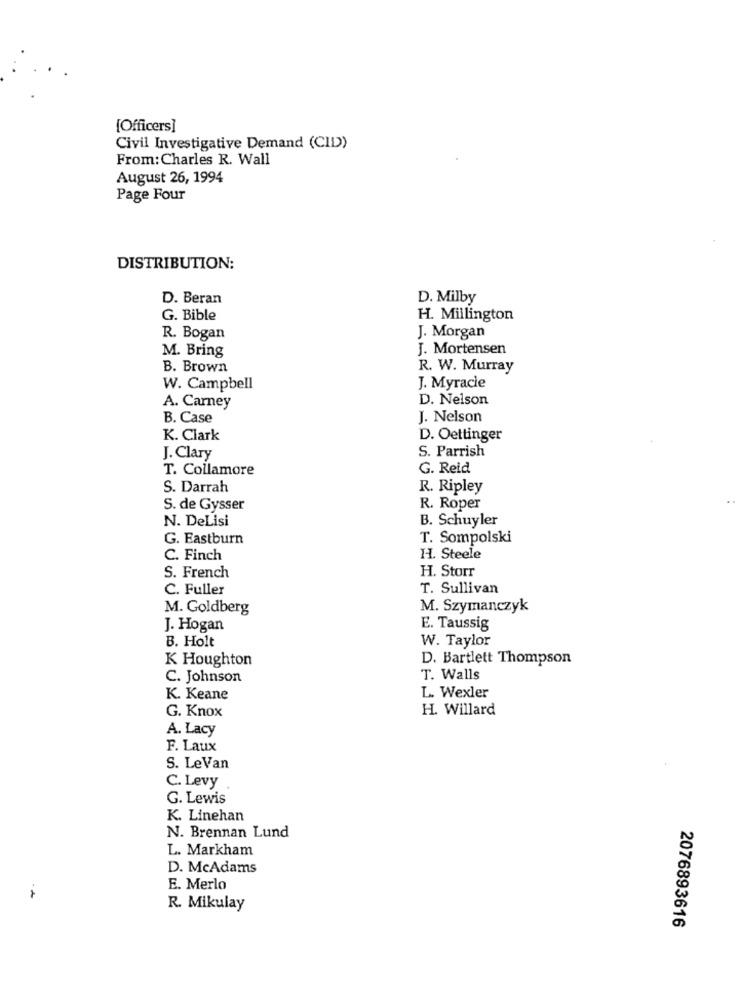
[Officers]
Civil Investigative Demand (CID))
From:Charles R. Wall
August 26, 1994
Page Four
DISTRIBUTION:
D. Beran
D. Milby
G. Bible
H. Millington
R. Bogan
J. Morgan
J. Mortensen
M. Bring
B. Brown
R. W. Murray
W. Campbell
J. Myracle
D. Nelson
A. Carney
B. Case
J. Nelson
K. Clark
D. Oettinger
S. Parrish
J. Clary
T. Collamore
G. Reid
S. Darrah
R. Ripley
S. de Gysser
R. Roper
N. DeLisi
B. Schuyler
G. Eastburn
T. Sompolski
C. Finch
H. Steele
H. Storr
S. French
C. Fuller
T. Sullivan
M. Goldberg
M. Szymanczyk
J. Hogan
E. Taussig
B. Holt
W. Taylor
K Houghton
D. Bartlett Thompson
C. Johnson
T. Walls
K. Keane
L. Wexler
G. Knox
H. Willard
A. Lacy
F. Laux
S. LeVan
C. Levy
G. Lewis
K. Linehan
N. Brennan Lund
L. Markham
D. McAdams
E. Merlo
R. Mikulay
2076893616